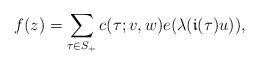
LaTeX: \begin{align*}f(z)=\sum_{\tau\in S_+}c(\tau;v,w)e(\lambda(\mathfrak{i}(\tau)u)),\end{align*}